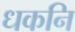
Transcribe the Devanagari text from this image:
धकनि